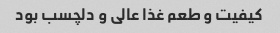
کیفیت و طعم غذا عالی و دلچسب بود